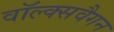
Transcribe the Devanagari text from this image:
वॉल्क्सवैगन